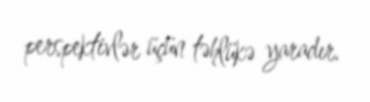
perspektivlər üçün təhlükə yaradır.